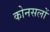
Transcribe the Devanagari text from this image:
कोनसलों